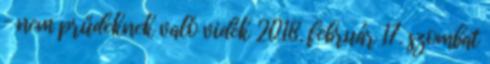
– nem prűdeknek való vidék 2018. február 17. szombat